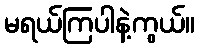
မရယ်ကြပါနဲ့ကွယ်။